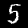
Label: 5